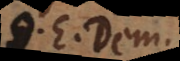
Q. E. Dem.